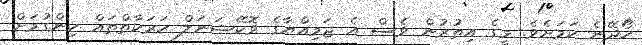
ހޯދޭނެ ކަމަށެވެ. މީގެ އިތުރުން ވެސް އެ ޖަމިއްޔާގެ ވޮކޭޝަނަލް ހަރަކާތްތައް ހިންގުމަށް